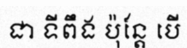
ជា ទីពឹង ប៉ុន្តែ បើ